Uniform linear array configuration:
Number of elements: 12
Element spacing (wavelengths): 1
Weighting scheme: exponential
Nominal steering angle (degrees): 15
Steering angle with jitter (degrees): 15.273
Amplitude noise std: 0.05
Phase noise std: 0.05

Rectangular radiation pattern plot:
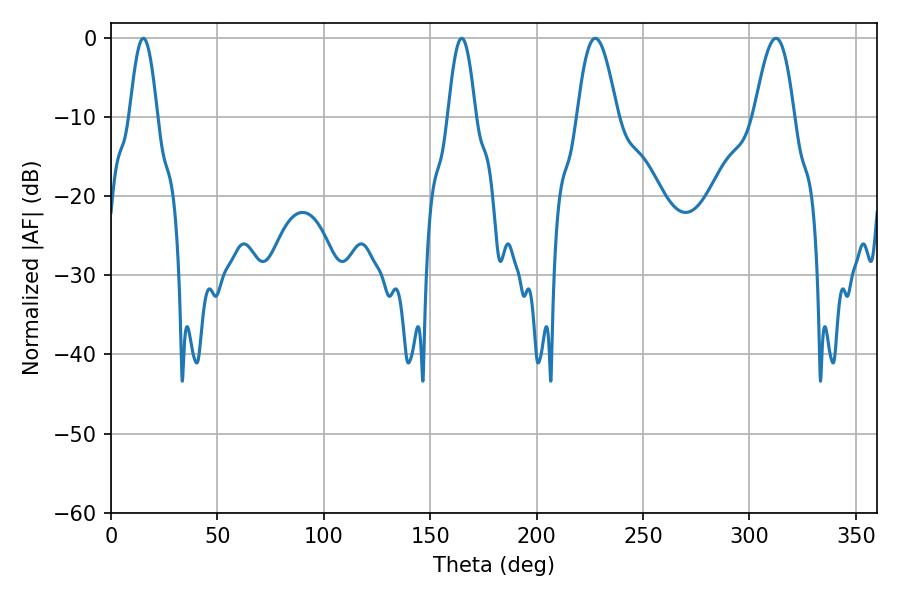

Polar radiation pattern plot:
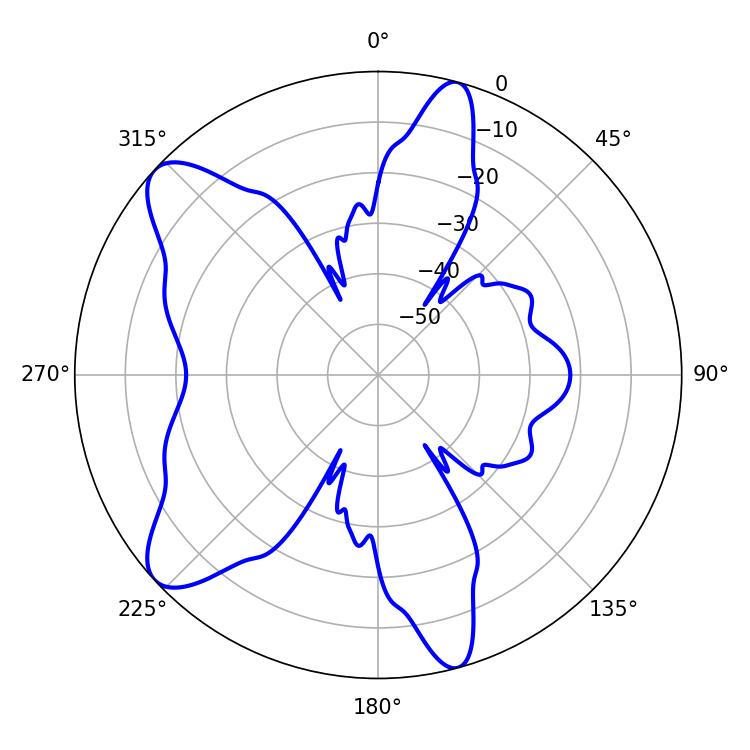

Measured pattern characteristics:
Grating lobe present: TRUE
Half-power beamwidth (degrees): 10.08
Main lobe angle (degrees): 227.52